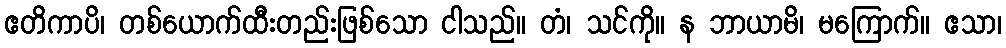
ဧတိကာပိ၊ တစ်ယောက်ထီးတည်းဖြစ်သော ငါသည်။ တံ၊ သင်ကို။ န ဘာယာမိ၊ မကြောက်။ ဧသာ၊